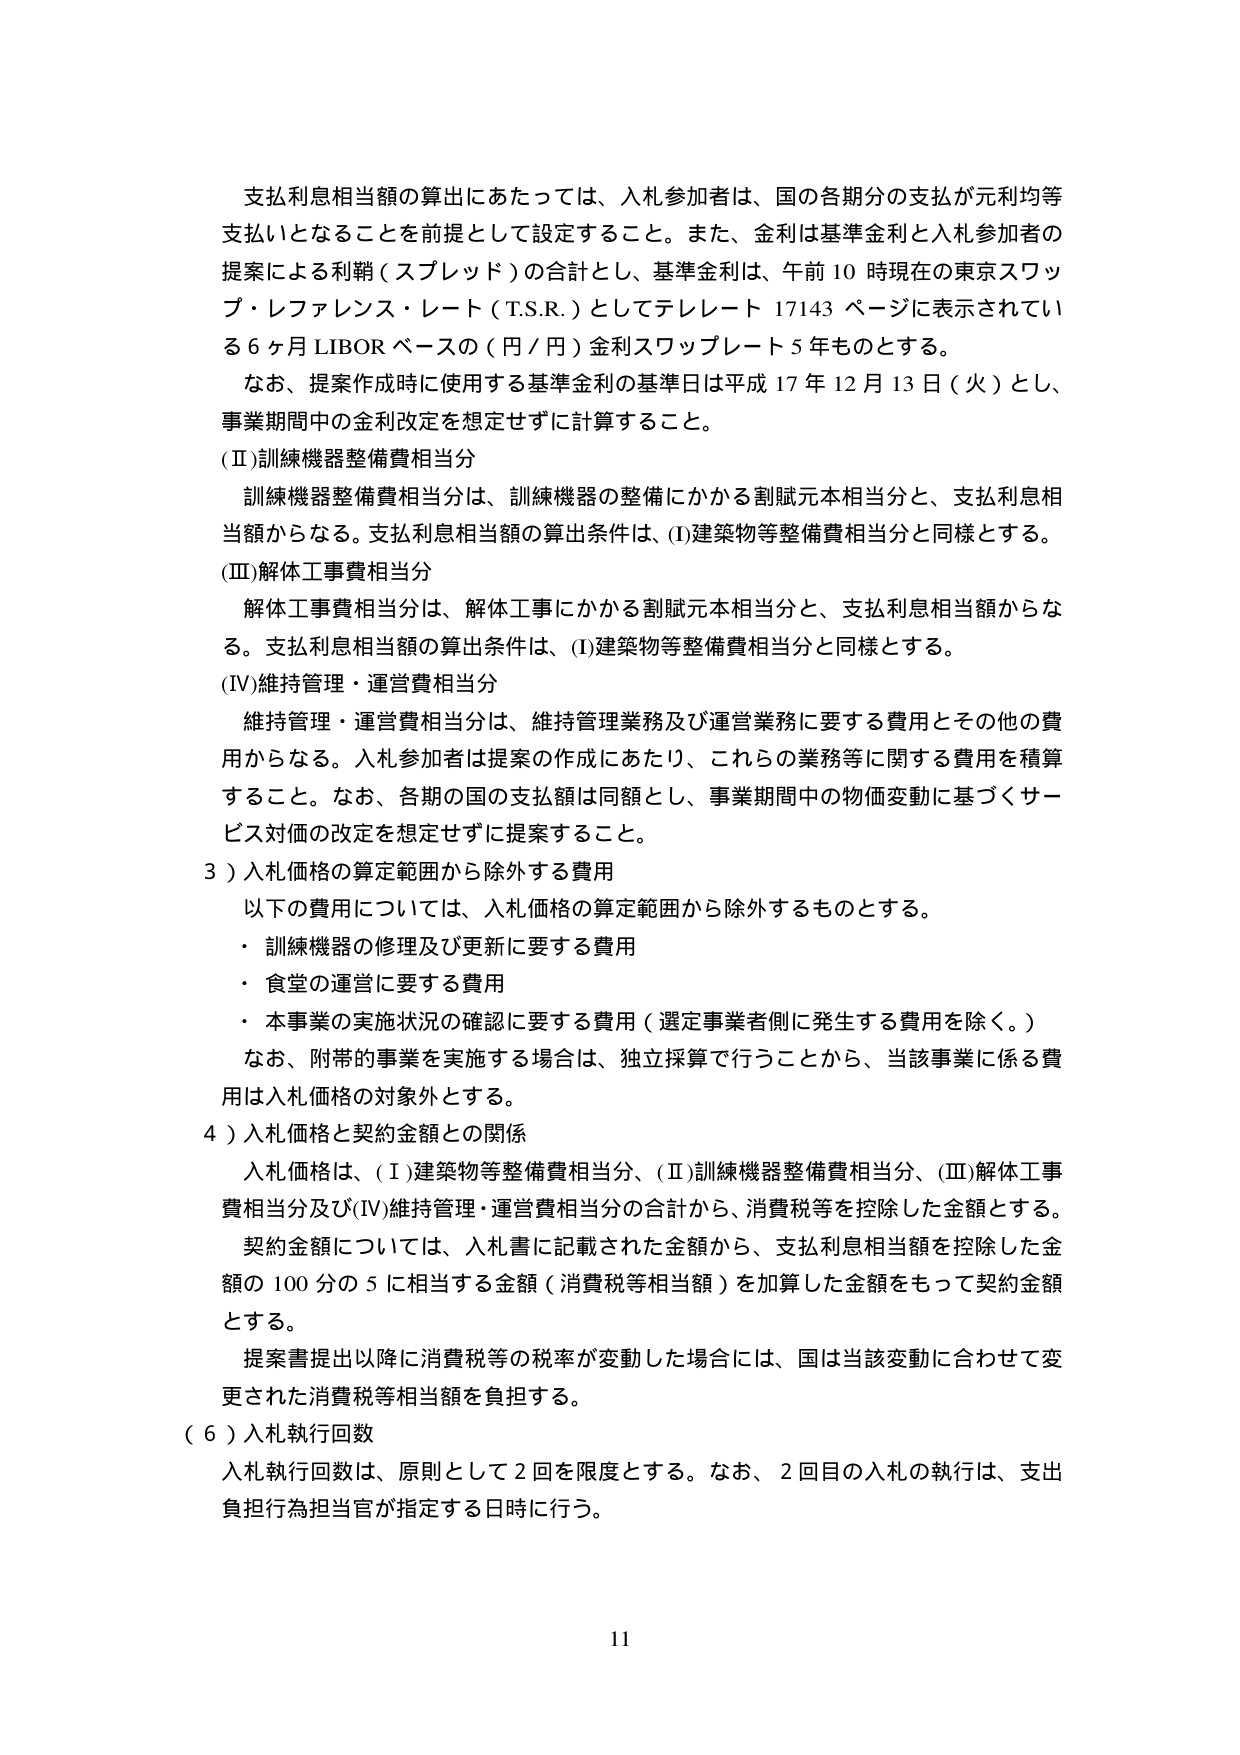
支払利息相当額の算出にあたっては、入札参加者は、国の各期分の支払が元利均等支払いとなることを前提として設定すること。また、金利は基準金利と入札参加者の提案による利鞘（スプレッド）の合計とし、基準金利は、午前10時現在の東京スワップ・レファレンス・レート（T.S.R.）としてテレレート17143ページに表示されている6ヶ月LIBORベースの（円／円）金利スワップレート5年ものとする。

なお、提案作成時に使用する基準金利の基準日は平成17年12月13日（火）とし、事業期間中の金利改定を想定せずに計算すること。

(Ⅱ)訓練機器整備費相当分

訓練機器整備費相当分は、訓練機器の整備にかかる割賦元本相当分と、支払利息相当額からなる。支払利息相当額の算出条件は、(Ⅰ)建築物等整備費相当分と同様とする。

(Ⅲ)解体工事費相当分

解体工事費相当分は、解体工事にかかる割賦元本相当分と、支払利息相当額からなる。支払利息相当額の算出条件は、(Ⅰ)建築物等整備費相当分と同様とする。

(Ⅳ)維持管理・運営費相当分

維持管理・運営費相当分は、維持管理業務及び運営業務に要する費用とその他の費用からなる。入札参加者は提案の作成にあたり、これらの業務等に関する費用を積算すること。なお、各期の国の支払額は同額とし、事業期間中の物価変動に基づくサービス対価の改定を想定せずに提案すること。

3）入札価格の算定範囲から除外する費用

以下の費用については、入札価格の算定範囲から除外するものとする。

・ 訓練機器の修理及び更新に要する費用

・ 食堂の運営に要する費用

・ 本事業の実施状況の確認に要する費用（選定事業者側に発生する費用を除く。）

なお、附帯的事業を実施する場合は、独立採算で行うことから、当該事業に係る費用は入札価格の対象外とする。

4）入札価格と契約金額との関係

入札価格は、(Ⅰ)建築物等整備費相当分、(Ⅱ)訓練機器整備費相当分、(Ⅲ)解体工事費相当分及び(Ⅳ)維持管理・運営費相当分の合計から、消費税等を控除した金額とする。

契約金額については、入札書に記載された金額から、支払利息相当額を控除した金額の100分の5に相当する金額（消費税等相当額）を加算した金額をもって契約金額とする。

提案書提出以降に消費税等の税率が変動した場合には、国は当該変動に合わせて変更された消費税等相当額を負担する。

（6）入札執行回数

入札執行回数は、原則として2回を限度とする。なお、2回目の入札の執行は、支出負担行為担当官が指定する日時に行う。

11